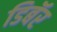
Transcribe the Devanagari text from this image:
डिबॅर